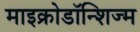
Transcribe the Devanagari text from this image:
माइक्रोडॉन्शिज्म